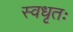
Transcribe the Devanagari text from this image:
स्वधृतः